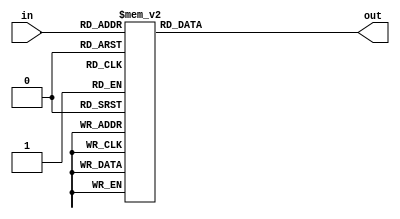
module BCD_to_7seg (in, out);

	input [3:0] in;
	output reg [7:0] out;
	
	always @(*) begin
	
		case (in)
			
			4'h0:    out <= 8'b10000001; //0
			4'h1:    out <= 8'b11001111; //1
			4'h2:    out <= 8'b10010010; //2
			4'h3:    out <= 8'b10000110; //3
			4'h4:    out <= 8'b11001100; //4
			4'h5:    out <= 8'b10100100; //5
			4'h6:    out <= 8'b10100000; //6
			4'h7:    out <= 8'b10001111; //7
			4'h8:    out <= 8'b10000100; //8
			4'h9:    out <= 8'b10000100; //9
			4'ha:    out <= 8'b10001000; //A
			4'hb:    out <= 8'b11100000; //b
			4'hc:    out <= 8'b10110001; //C
			4'hd:    out <= 8'b11000010; //d
			4'he:    out <= 8'b10110000; //E
			4'hf:    out <= 8'b10111000; //F
			default: out <= 8'b11111111; //BLANK
		
		endcase
	
	end

endmodule